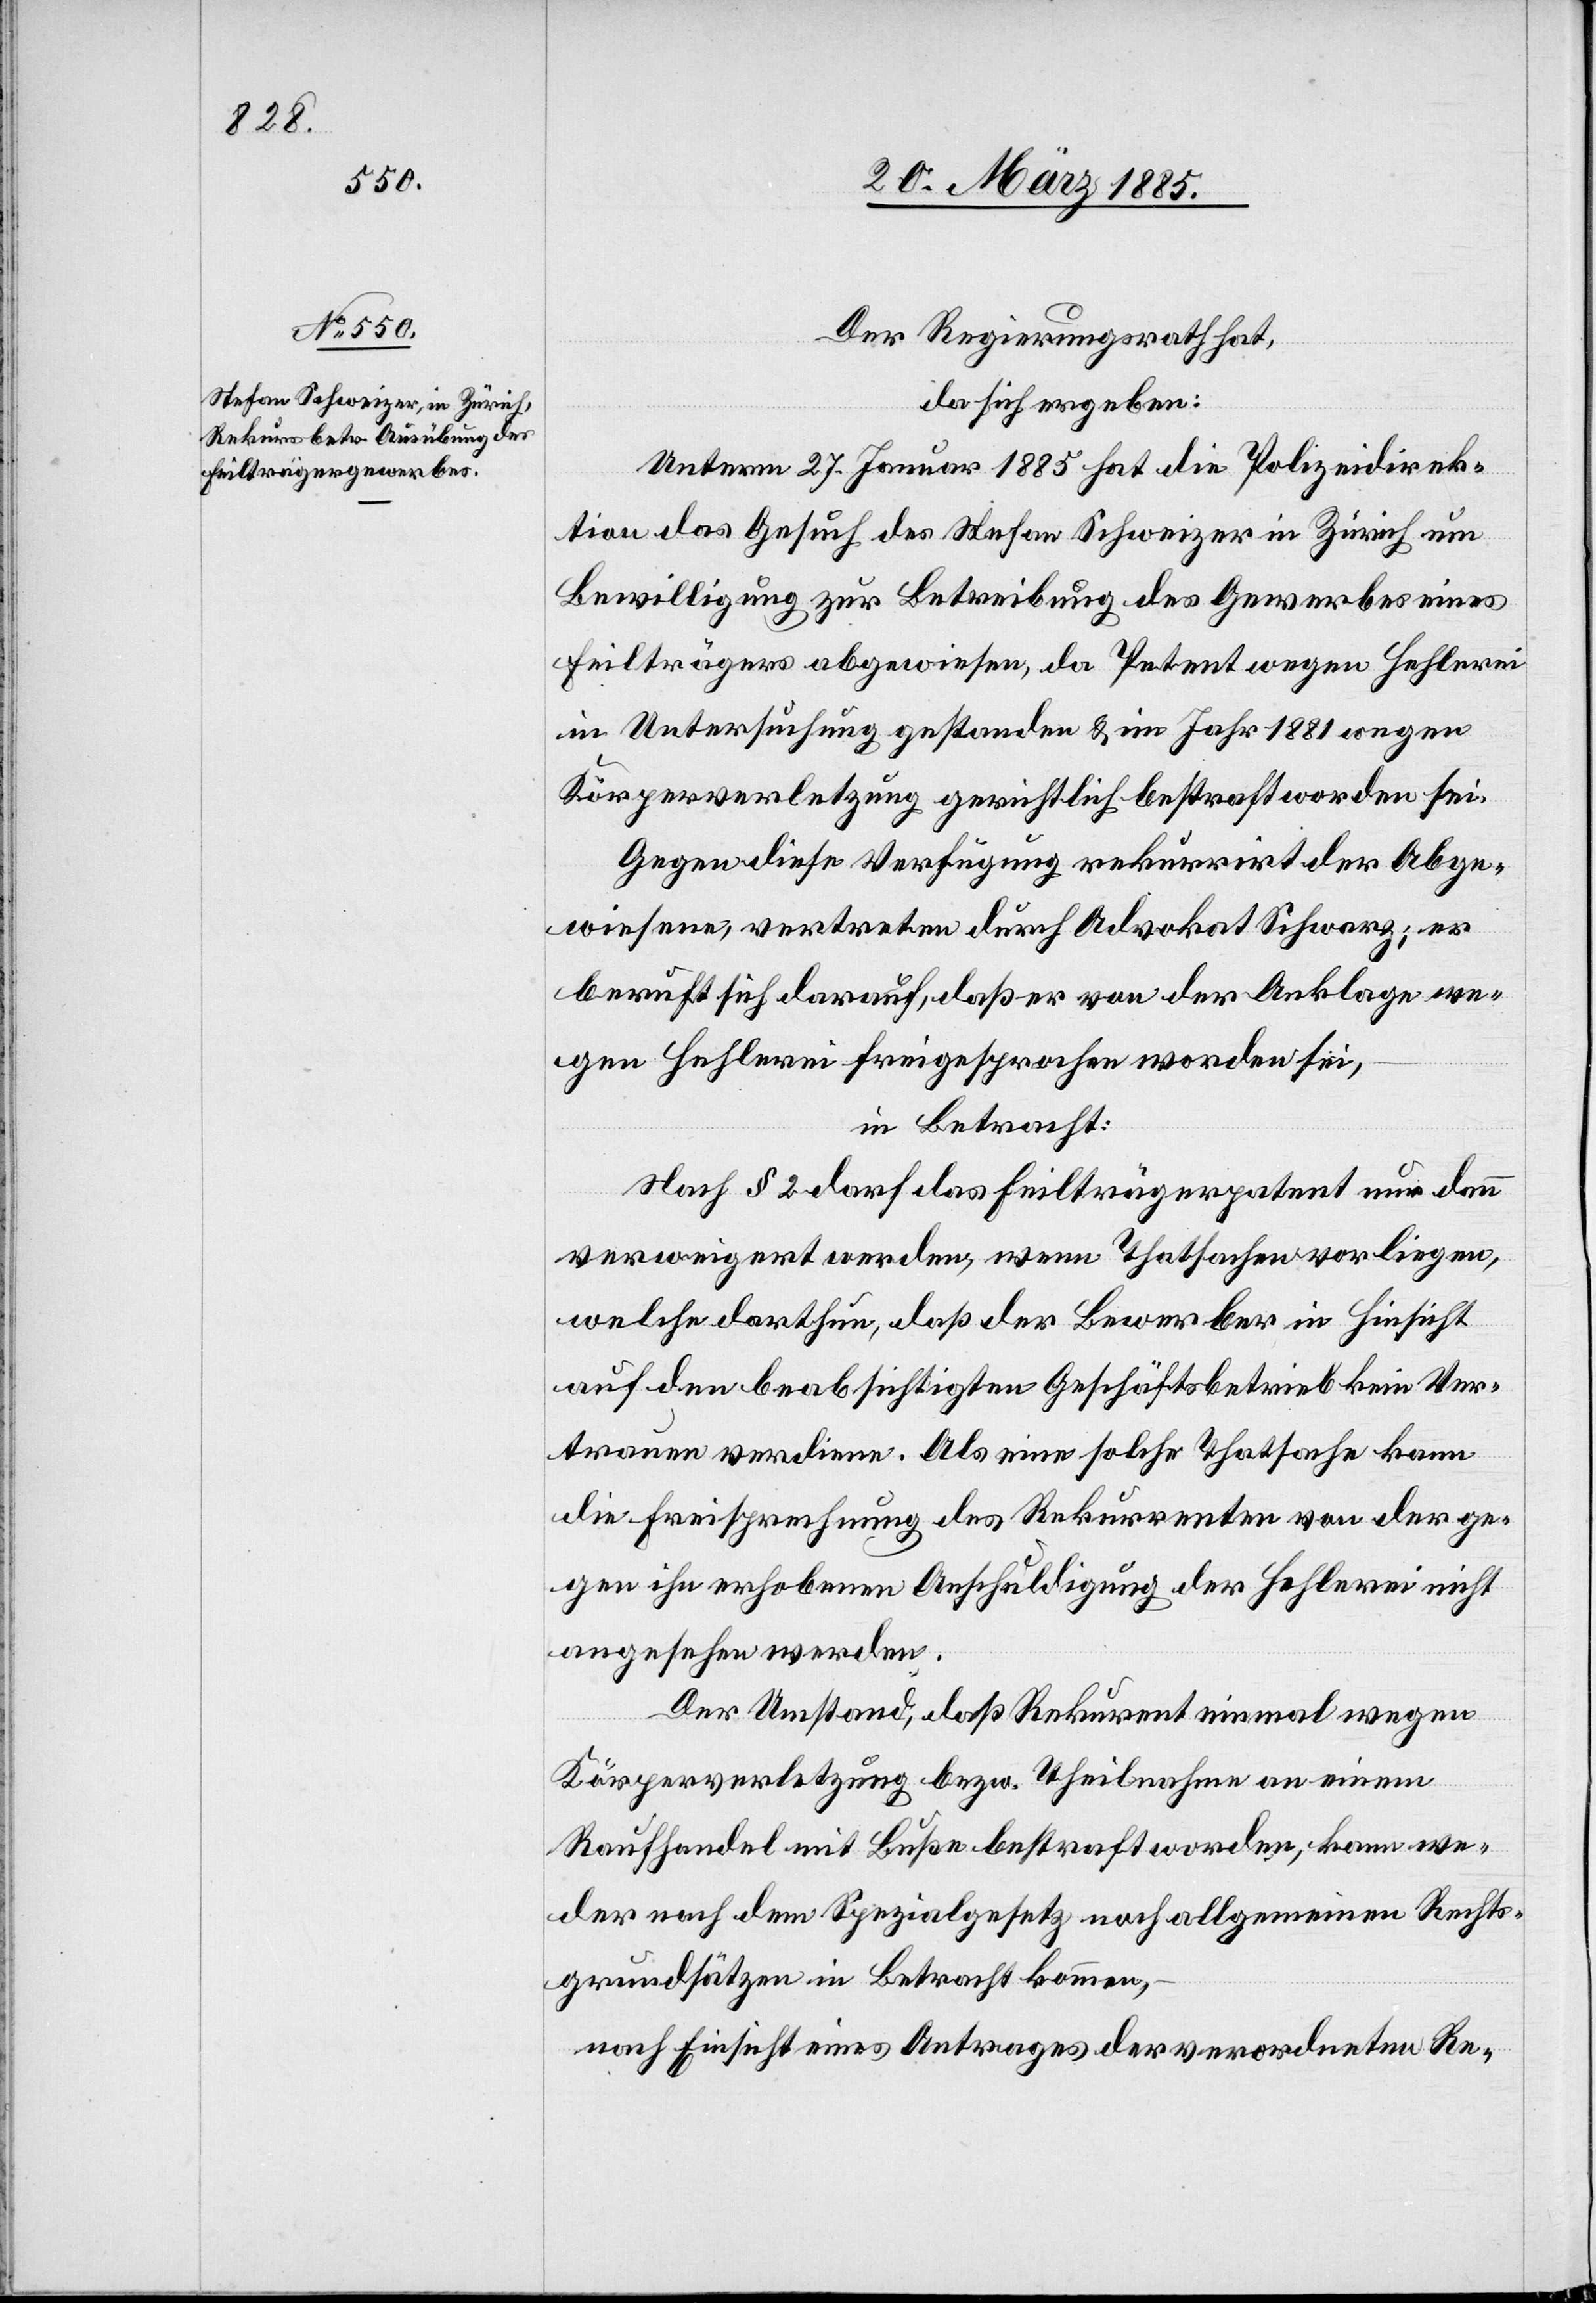
Der Regierungsrath hat,
da sich ergeben:
Unterm 27. Januar 1885 hat die Polizeidirek¬
tion das Gesuch des Stefan Schweizer in Zürich um
Bewilligung zur Betreibung des Gewerbes eines
Feilträgers abgewiesen, da Petent wegen Hehlerei
in Untersuchung gestanden & im Jahr 1881 wegen
Körperverletzung gerichtlich bestraft worden sei.
Gegen diese Verfügung rekurrirt der Abge¬
wiesene, vertreten durch Advokat Schwarz; er
beruft sich darauf, daß er von der Anklage we¬
gen Hehlerei freigesprochen worden sei,
in Betracht:
Nach § 2 darf das Feilträgerpatent nur dann
verweigert werden, wenn Thatsachen vorliegen,
welche darthun, daß der Bewerber in Hinsicht
auf den beabsichtigten Geschäftsbetrieb kein Ver¬
trauen verdiene. Als eine solche Thatsache kann
die Freisprechung des Rekurrenten von der ge¬
gen ihn erhobenen Anschuldigung der Hehlerei nicht
angesehen werden.
Der Umstand, daß Rekurrent einmal wegen
Körperverletzung bezw. Theilnahme an einem
Raufhandel mit Buße bestraft worden, kann we¬
der nach dem Spezialgesetz noch allgemeinen Rechts¬
grundsätzen in Betracht kommen,
nach Einsicht eines Antrages der verordneten Re-